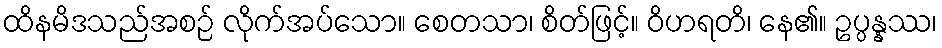
ထိနမိဒသည်အစဉ် လိုက်အပ်သော။ စေတသာ၊ စိတ်ဖြင့်။ ဝိဟရတိ၊ နေ၏။ ဥပ္ပန္နဿ၊